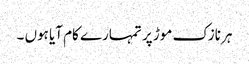
ہر نازک موڑ پر تمہارے کام آیا ہوں ۔